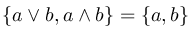
\{ a \vee b , a \wedge b \} = \{ a , b \}